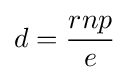
d={\frac {rnp}{e}}